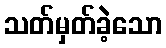
သတ်မှတ်ခဲ့သော